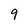
Character: 9